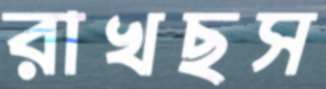
রাখছস